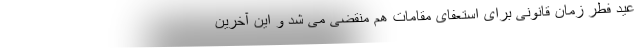
عید فطر زمان قانونی برای استعفای مقامات هم منقضی می شد و این آخرین